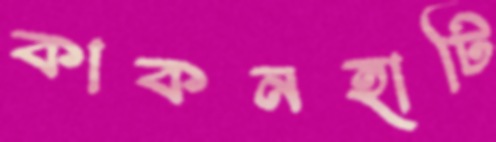
কাকনহাটি